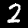
Label: 2